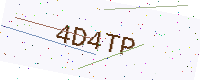
Text: 4D4TP